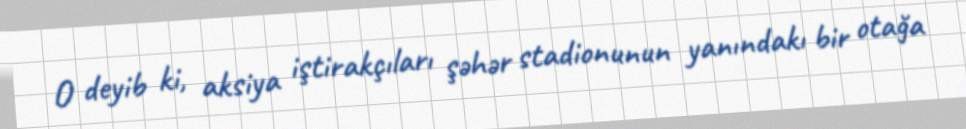
O deyib ki, aksiya iştirakçıları şəhər stadionunun yanındakı bir otağa